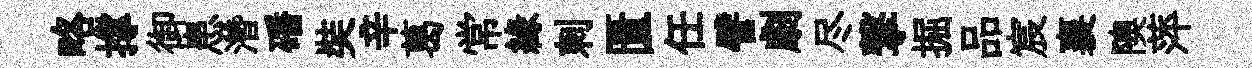
略撑御患濳磻奘辛葛常緣刺匱任譬劇尽撃掘品宸襄隩萍